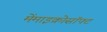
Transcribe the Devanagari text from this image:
मेंमाइक्रोसॉफ्ट